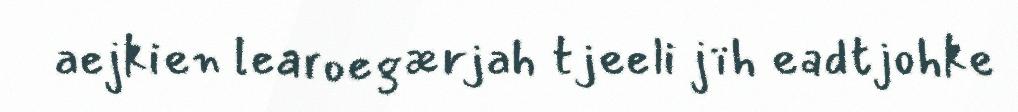
aejkien learoegærjah tjeeli jïh eadtjohke